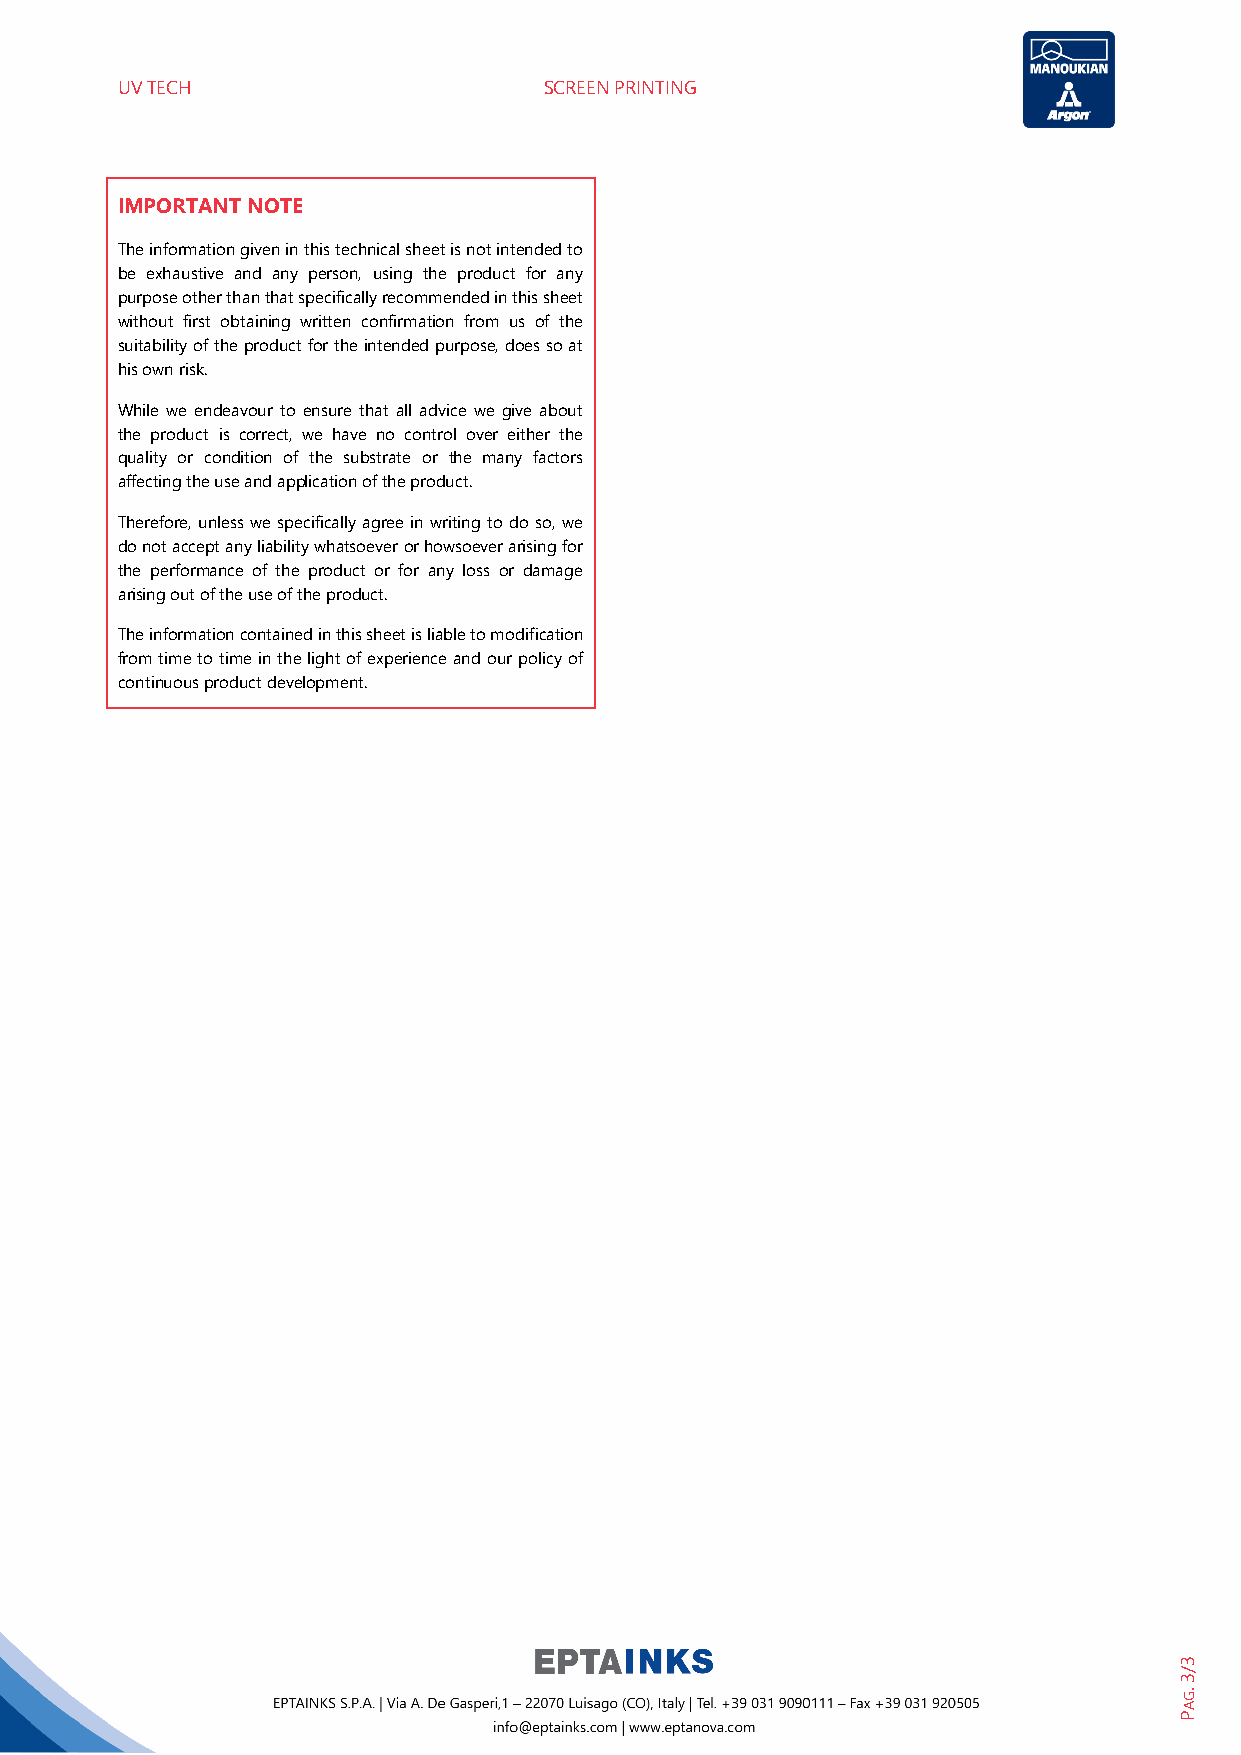
UV TECH                     SCREEN PRINTING
 IMPORTANT NOTE
 The information given in this technical sheet is not intended to
 be exhaustive and any person, using the product for any
 purpose other than that specifically recommended in this sheet
 without first obtaining written confirmation from us of the
 suitability of the product for the intended purpose, does so at
 his own risk.
 While we endeavour to ensure that all advice we give about
 the product is correct, we have no control over either the
 quality or condition of the substrate or the many factors
 affecting the use and application of the product.
 Therefore, unless we specifically agree in writing to do so, we
 do not accept any liability whatsoever or howsoever arising for
 the performance of the product or for any loss or damage
 arising out of the use of the product.
 The information contained in this sheet is liable to modification
 from time to time in the light of experience and our policy of
 continuous product development.
 3/3
 .GAP